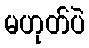
မဟုတ်ပဲ